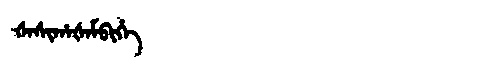
Manchu: ᡧᠠᠰᡳᡥᠠᡧᠠᠮᠪᡳᡥᡝ
Romanization: ŠASIHAŠAMBIHE